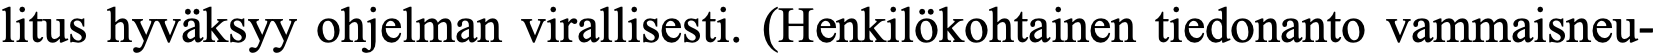
litus hyväksyy ohjelman virallisesti. (Henkilökohtainen tiedonanto vammaisneu-